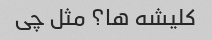
کلیشه ها؟ مثل چی